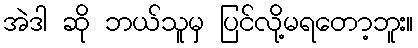
အဲဒါ ဆို ဘယ်သူမှ ပြင်လို့မရတော့ဘူး။